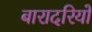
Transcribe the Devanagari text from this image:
बारादरियों